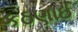
કઠણાઈ